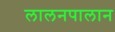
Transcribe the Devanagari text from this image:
लालनपालान